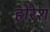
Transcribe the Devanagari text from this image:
होरेश